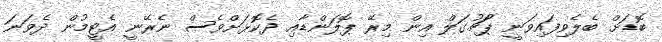
ބޮޑަށް ބެލެވިފައިވަނީ ޕޯޗުގަލް އިން މިރޭ ޕޮލަންޑާއި ދެކޮޅަށްވެސް ނެރޭނީ އެޓީމުން ދެވަނަ